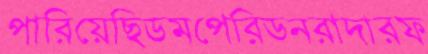
পারিয়েছিডমপেরিডনরাদারফ